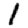
Digit: 1